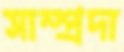
সাম্প্রদা